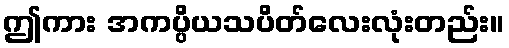
ဤကား အကပ္ပိယသပိတ်လေးလုံးတည်း။